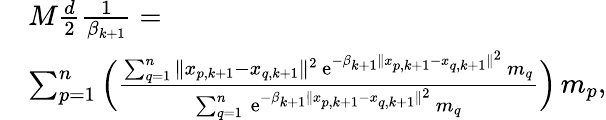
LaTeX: \begin{array}{rl}&{M\frac{d}{2}\frac{1}{\beta_{k+1}}=}\\ &{\sum_{p=1}^{n}\Big(\frac{\sum_{q=1}^{n}\| x_{p,k+1}-x_{q,k+1}\| ^{2}\, \mathrm{e}^{-\beta_{k+1}\| x_{p,k+1}-x_{q,k+1}\| ^{2}}\, m_{q}}{\sum_{q=1}^{n}\, \mathrm{e}^{-\beta_{k+1}\| x_{p,k+1}-x_{q,k+1}\| ^{2}}\, m_{q}}\Big)\, m_{p},}\end{array}